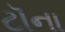
ટૉના